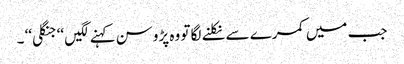
جب میں کمرے سے نکلنے لگا تو وہ پڑوسن کہنے لگیں ‘‘جنگلی‘‘ ۔